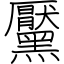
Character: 黶